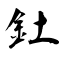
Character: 釷